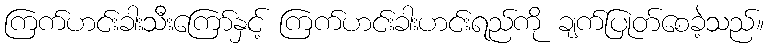
ကြက်ဟင်းခါးသီးကြော်နှင့် ကြက်ဟင်းခါးဟင်းရည်ကို ချက်ပြုတ်စေခဲ့သည်။